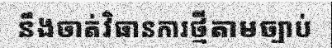
នឹងចាត់វិធានការថ្មីតាមច្បាប់